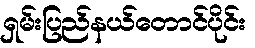
ရှမ်းပြည်နယ်တောင်ပိုင်း